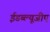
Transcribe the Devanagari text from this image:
ईडब्ल्यूजीए